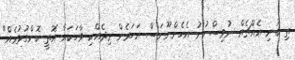
ތި ބުނި އެއްޗެއް ނުވިސްނުނު އެހެންނޫނަސް އަހަރެން މިދެއްކި ވާހަކައާ އޮތީ ކޮންގުޅުމެއް"